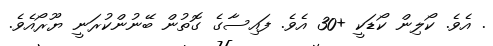
. އެވެ. ކޯލިން ކޯޑަކީ +30 އެވެ. ފައިސާގެ ގޮތުން ބޭނުންކުރަނީ ޔޫރޯއެވެ.